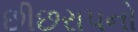
છીછરાપનો